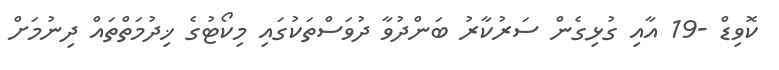
ކޮވިޑް -19 އާއި ގުޅިގެން ސަރުކާރު ބަންދުވާ ދުވަސްތަކުގައި މިކޯޓުގެ ޚިދުމަތްތައް ދިނުމަށް